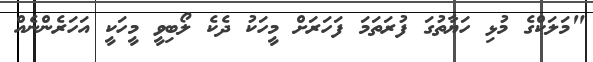
"މަލަކްގެ މުޅި ހަޔާތުގަ ފުރަތަމަ ފަހަރަށް މީހަކު ދެކެ ލޯބިވީ މީހަކީ އަހަރެންނެއް